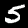
Digit: 5